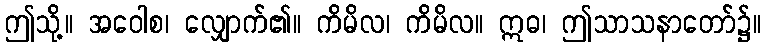
ဤသို့။ အဝေါစ၊ လျှောက်၏။ ကိမိလ၊ ကိမိလ။ ဣဓ၊ ဤသာသနာတော်၌။